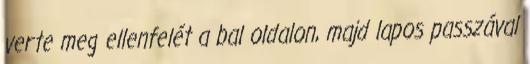
verte meg ellenfelét a bal oldalon, majd lapos passzával